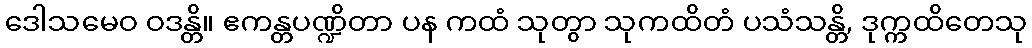
ဒေါသမေဝ ဝဒန္တိ။ ဧကန္တပဏ္ဍိတာ ပန ကထံ သုတွာ သုကထိတံ ပသံသန္တိ, ဒုက္ကထိတေသု